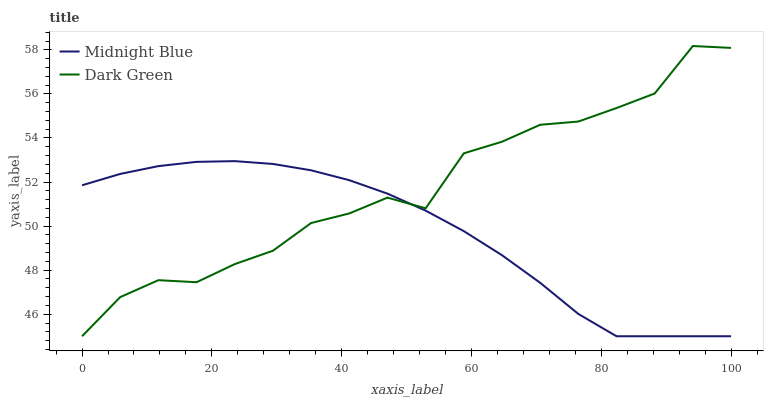
| xaxis_label | Midnight Blue | Dark Green |
 | --- | --- | --- |
 | 0 | 51.9 | 45 |
 | 5.88 | 52.4 | 46.8 |
 | 11.8 | 52.7 | 47.5 |
 | 17.6 | 52.9 | 47.5 |
 | 23.5 | 52.9 | 48.3 |
 | 29.4 | 52.8 | 48.9 |
 | 35.3 | 52.5 | 50.1 |
 | 41.2 | 52.1 | 50.6 |
 | 47.1 | 51.5 | 51.3 |
 | 52.9 | 50.7 | 50.8 |
 | 58.8 | 49.8 | 53.3 |
 | 64.7 | 48.7 | 53.8 |
 | 70.6 | 47.4 | 54.6 |
 | 76.5 | 46 | 54.7 |
 | 82.4 | 45 | 55.4 |
 | 88.2 | 45 | 56 |
 | 94.1 | 45 | 58.2 |
 | 100 | 45 | 58.1 |